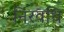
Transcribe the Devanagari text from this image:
निरवधि